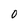
Character: O